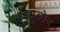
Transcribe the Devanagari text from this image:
इमूब्येल